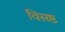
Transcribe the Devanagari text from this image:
विसष्ठ